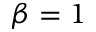
\beta = 1